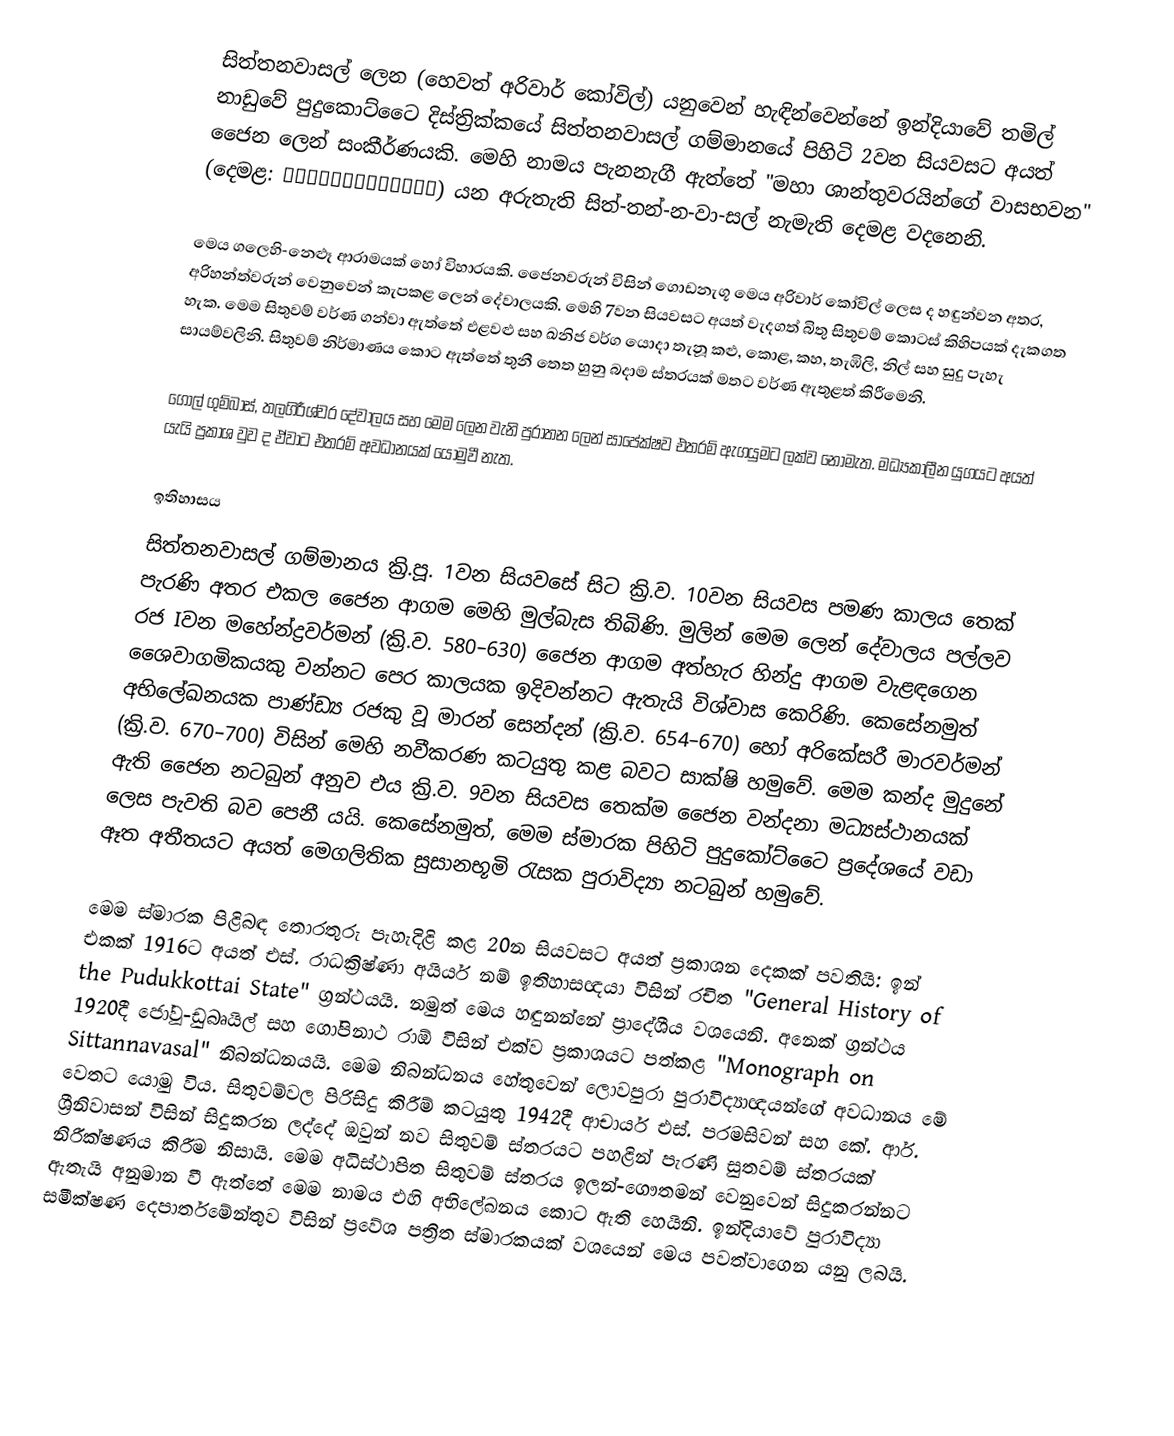
සිත්තනවාසල් ලෙන (හෙවත් අරිවාර් කෝවිල්) යනුවෙන් හැඳින්වෙන්නේ ඉන්දියාවේ තමිල් නාඩුවේ පුදුකොට්ටෛ දිස්ත්‍රික්කයේ සිත්තනවාසල් ගම්මානයේ පිහිටි 2වන සියවසට අයත් ජෛන ලෙන් සංකීර්ණයකි. මෙහි නාමය පැනනැගී ඇත්තේ "මහා ශාන්තුවරයින්ගේ වාසභවන" (දෙමළ: சித்தன்னவாசல்) යන අරුතැති සිත්-තන්-න-වා-සල් නැමැති දෙමළ වදනෙනි.

මෙය ගලෙහි-නෙළූ ආරාමයක් හෝ විහාරයකි.  ජෛනවරුන් විසින් ගොඩනැගූ මෙය අරිවාර් කෝවිල් ලෙස ද හඳුන්වන අතර, අරිහන්ත්වරුන් වෙනුවෙන් කැපකළ ලෙන් දේවාලයකි. මෙහි 7වන සියවසට අයත් වැදගත් බිතු සිතුවම් කොටස් කිහිපයක් දැකගත හැක. මෙම සිතුවම් වර්ණ ගන්වා ඇත්තේ එළවළු සහ ඛනිජ වර්ග යොදා තැනූ කළු, කොළ, කහ, තැඹිලි, නිල් සහ සුදු පැහැ සායම්වලිනි. සිතුවම් නිර්මාණය කොට ඇත්තේ තුනී තෙත හුනු බදාම ස්තරයක් මතට වර්ණ ඇතුළත් කිරීමෙනි.

ගෝල් ගුම්බාස්, තලගිරීශ්වර දේවාලය සහ මෙම ලෙන වැනි පුරාතන ලෙන් සාපේක්ෂව එතරම් ඇගයුමට ලක්ව නොමැත. මධ්‍යකාලීන යුගයට අයත් යැයි ප්‍රකාශ වුව ද ඒවාට එතරම් අවධානයක් යොමුවී නැත.

ඉතිහාසය
සිත්තනවාසල් ගම්මානය ක්‍රි.පූ. 1වන සියවසේ සිට ක්‍රි.ව. 10වන සියවස පමණ කාලය තෙක් පැරණි අතර එකල ජෛන ආගම මෙහි මුල්බැස තිබිණි. මුලින් මෙම ලෙන් දේවාලය පල්ලව රජ Iවන මහේන්ද්‍රවර්මන් (ක්‍රි.ව. 580–630) ජෛන ආගම අත්හැර හින්දු ආගම වැළඳගෙන ශෛවාගමිකයකු වන්නට පෙර කාලයක ඉදිවන්නට ඇතැයි විශ්වාස කෙරිණි. කෙසේනමුත් අභිලේඛනයක පාණ්ඩ්‍ය රජකු වූ මාරන් සෙන්දන් (ක්‍රි.ව. 654–670) හෝ අරිකේසරී මාරවර්මන් (ක්‍රි.ව. 670–700) විසින් මෙහි නවීකරණ කටයුතු කළ බවට සාක්ෂි හමුවේ. මෙම කන්ද මුදුනේ ඇති ජෛන නටබුන් අනුව එය ක්‍රි.ව. 9වන සියවස තෙක්ම ජෛන වන්දනා මධ්‍යස්ථානයක් ලෙස පැවති බව පෙනී යයි. කෙසේනමුත්, මෙම ස්මාරක පිහිටි පුදුකෝට්ටෛ ප්‍රදේශයේ වඩා ඈත අතීතයට අයත් මෙගලිතික සුසානභූමි රැසක පුරාවිද්‍යා නටබුන් හමුවේ.

මෙම ස්මාරක පිළිබඳ තොරතුරු පැහැදිළි කළ 20න සියවසට අයත් ප්‍රකාශන දෙකක් පවතියි: ඉන් එකක් 1916ට අයත් එස්. රාධක්‍රිෂ්ණා අයියර් නම් ඉතිහාසඥයා විසින් රචිත "General History of the Pudukkottai State" ග්‍රන්ථයයි. නමුත් මෙය හඳුනන්නේ ප්‍රාදේශීය වශයෙනි. අනෙක් ග්‍රන්ථය 1920දී ජෝවූ-ඩුබෘයිල් සහ ගෝපිනාථ රාඕ විසින් එක්ව ප්‍රකාශයට පත්කළ "Monograph on Sittannavasal" නිබන්ධනයයි. මෙම නිබන්ධනය හේතුවෙන් ලොවපුරා පුරාවිද්‍යාඥයන්ගේ අවධානය මේ වෙතට යොමු විය. සිතුවම්වල පිරිසිදු කිරීම් කටයුතු 1942දී ආචාර්ය එස්. පරමසිවන් සහ කේ. ආර්. ශ්‍රීනිවාසන් විසින් සිදුකරන ලද්දේ ඔවුන් නව සිතුවම් ස්තරයට පහළින් පැරණි සුතවම් ස්තරයක් නිරීක්ෂණය කිරීම නිසායි. මෙම අධිස්ථාපිත සිතුවම් ස්තරය ඉලන්-ගෞතමන් වෙනුවෙන් සිදුකරන්නට ඇතැයි අනුමාන වී ඇත්තේ මෙම නාමය එහි අභිලේඛනය කොට ඇති හෙයිනි. ඉන්දියාවේ පුරාවිද්‍යා සමීක්ෂණ දෙපාර්තමේන්තුව විසින් ප්‍රවේශ පත්‍රිත ස්මාරකයක් වශයෙන් මෙය පවත්වාගෙන යනු ලබයි.